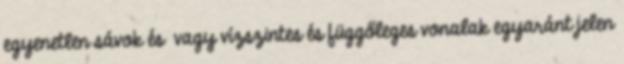
egyenetlen sávok és vagy vízszintes és függőleges vonalak egyaránt jelen